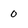
Character: 0